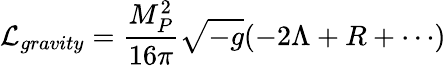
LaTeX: {\cal L}_{gravity}=\frac{M_{P}^{2}}{16\pi}\sqrt{-g}(-2\Lambda+R+\cdots)